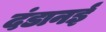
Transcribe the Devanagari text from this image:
दंडानई